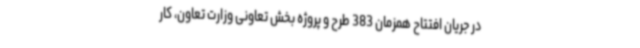
در جریان افتتاح همزمان 383 طرح و پروژه بخش تعاونی وزارت تعاون، کار